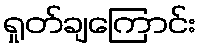
ရှုတ်ချကြောင်း